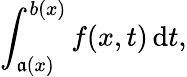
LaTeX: \int_{\mathfrak{a}(x)}^{b(x)}f(x,t)\, \mathrm{d}t,